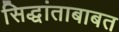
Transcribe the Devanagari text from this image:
सिद्धांताबाबत